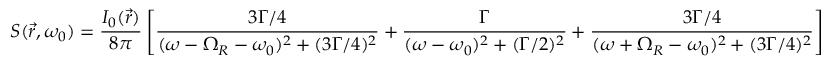
S ( { \vec { r } } , \omega _ { 0 } ) = { \frac { I _ { 0 } ( { \vec { r } } ) } { 8 \pi } } \left[ { \frac { 3 \Gamma / 4 } { ( \omega - \Omega _ { R } - \omega _ { 0 } ) ^ { 2 } + ( 3 \Gamma / 4 ) ^ { 2 } } } + { \frac { \Gamma } { ( \omega - \omega _ { 0 } ) ^ { 2 } + ( \Gamma / 2 ) ^ { 2 } } } + { \frac { 3 \Gamma / 4 } { ( \omega + \Omega _ { R } - \omega _ { 0 } ) ^ { 2 } + ( 3 \Gamma / 4 ) ^ { 2 } } } \right]